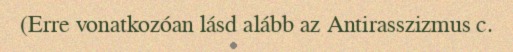
(Erre vonatkozóan lásd alább az Antirasszizmus c.